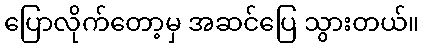
ပြောလိုက်တော့မှ အဆင်ပြေ သွားတယ်။